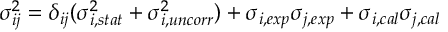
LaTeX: \sigma _ { i j } ^ { 2 } = \delta _ { i j } ( \sigma _ { i , s t a t } ^ { 2 } + \sigma _ { i , u n c o r r } ^ { 2 } ) + \sigma _ { i , e x p } \sigma _ { j , e x p } + \sigma _ { i , c a l } \sigma _ { j , c a l }